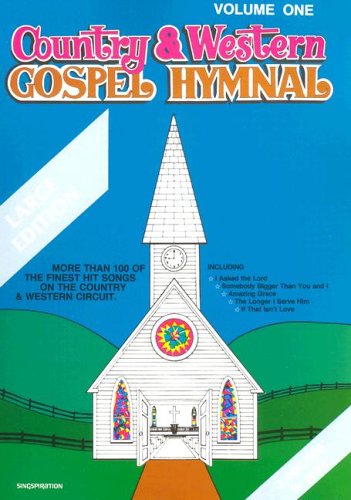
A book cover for Country & Western Gospel Hymnal Volume One: Large Book; Christian Books & Bibles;